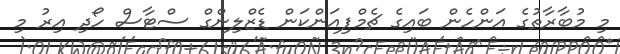
މި މުބާރާތުގެ އަންހެން ބައިގެ ޗެމްޕިއަންކަން ޑެޒްލިންގް ސްޓާސް ހޯދި އިރު މި